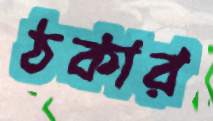
ঠকার